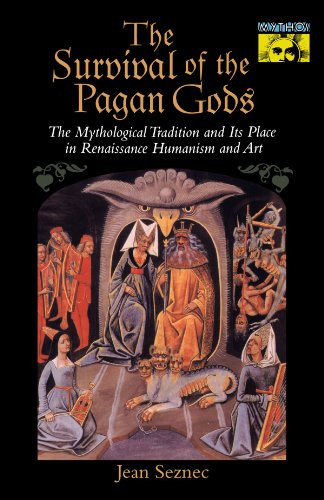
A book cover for The Survival of the Pagan Gods; Jean Seznec; Politics & Social Sciences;